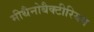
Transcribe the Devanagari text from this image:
मीथैनोबैक्टीरियम